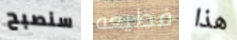
سنصبح فظيعه هذا